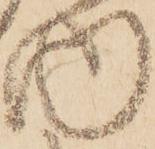
内